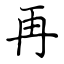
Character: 再